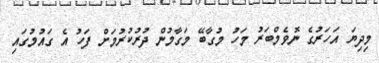
މިދިޔަ އަހަރުގެ ނޮވެމްބަރު މަހު މުގާބޭ މަގާމުން ދުރުކުރުމަށް ފަހު އެ ގައުމުގައި